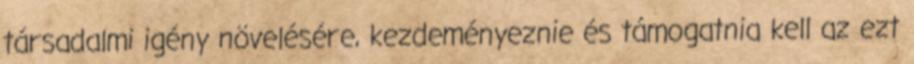
társadalmi igény növelésére, kezdeményeznie és támogatnia kell az ezt